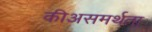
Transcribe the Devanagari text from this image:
कीअसमर्थता